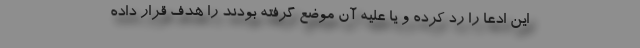
این ادعا را رد کرده و یا علیه آن موضع گرفته بودند را هدف قرار داده